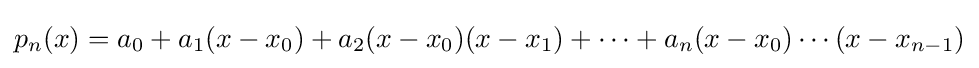
{\textstyle p_{n}(x)=a_{0}+a_{1}(x-x_{0})+a_{2}(x-x_{0})(x-x_{1})+\cdots +a_{n}(x-x_{0})\cdots (x-x_{n-1})}